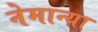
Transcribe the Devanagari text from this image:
नेमान्या